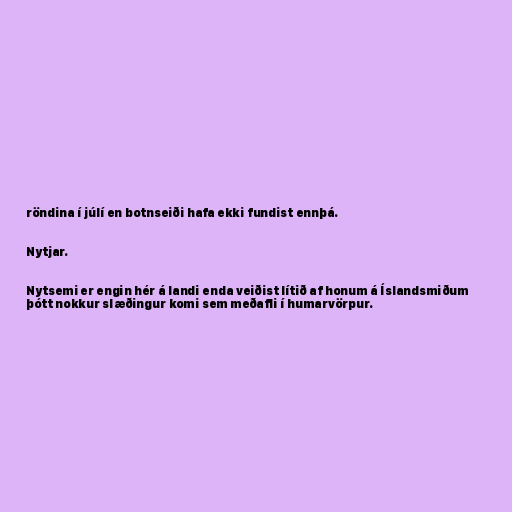
röndina í júlí en botnseiði hafa ekki fundist ennþá.

Nytjar.

Nytsemi er engin hér á landi enda veiðist lítið af honum á Íslandsmiðum
þótt nokkur slæðingur komi sem meðafli í humarvörpur.